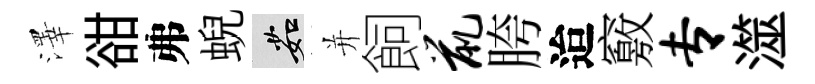
澤𧮳弗蜺茹并飼鼠胯迨竅专澨